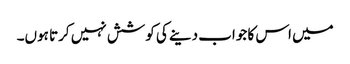
میں اس کا جواب دینے کی کوشش نہیں کرتا ہوں۔